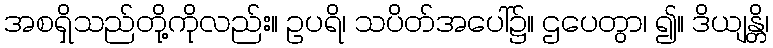
အစရှိသည်တို့ကိုလည်း။ ဥပရိ၊ သပိတ်အပေါ်၌။ ဌပေတွာ၊ ၍။ ဒိယျန္တိ၊